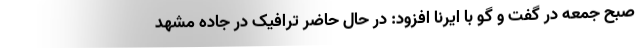
صبح جمعه در گفت و گو با ایرنا افزود: در حال حاضر ترافیک در جاده مشهد